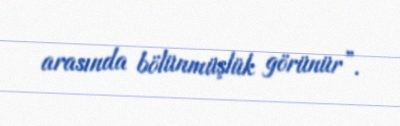
arasında bölünmüşlük görünür”.